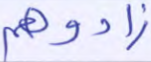
زادوهم